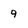
Character: 9